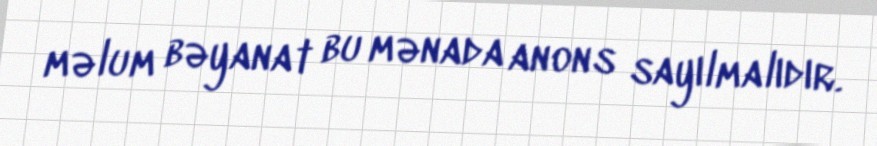
məlum bəyanat bu mənada anons sayılmalıdır.